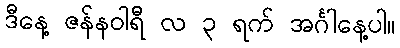
ဒီနေ့ ဇန်နဝါရီ လ ၃ ရက် အင်္ဂါနေ့ပါ။